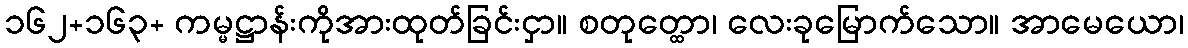
၁၆၂+၁၆၃+ ကမ္မဋ္ဌာန်းကိုအားထုတ်ခြင်းငှာ။ စတုတ္ထော၊ လေးခုမြောက်သော။ အာမေယော၊